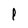
Character: P